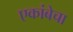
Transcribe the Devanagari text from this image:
एकांबेचा